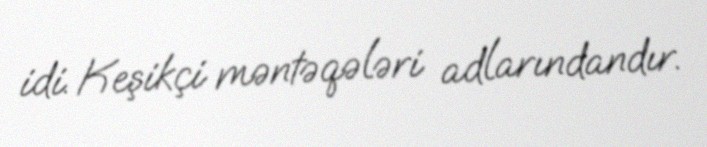
idi. Keşikçi məntəqələri adlarındandır.